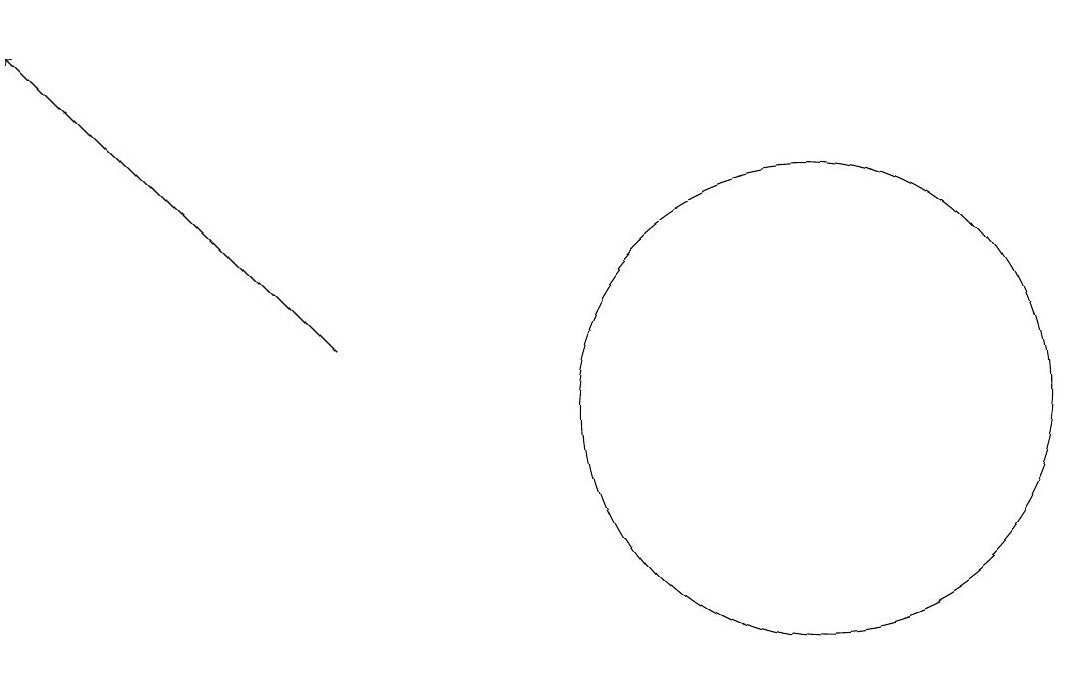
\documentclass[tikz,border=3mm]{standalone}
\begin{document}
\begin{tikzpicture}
\draw (11,12) circle (3);
\draw[->] (5,13) -- (1,17);
\draw (12,10) circle (0);
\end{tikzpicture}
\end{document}